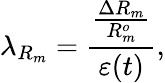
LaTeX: \lambda_{R_{m}}=\frac{\frac{\Delta R_{m}}{R_{m}^{o}}}{\varepsilon(t)},